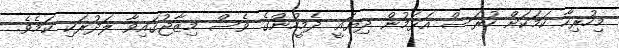
މިހުރިހާ ކަމަކަށް ހުރަސް އަޅަމުން ދިޔައީ ދެމީހުންގެ ވެސް މިޒާޖުގައިވާ ލަދުރަކި ކަމެވެ.